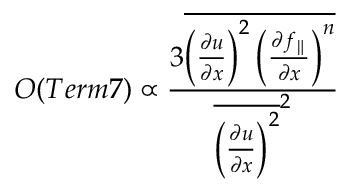
{ \cal O } ( T e r m 7 ) \propto \frac { 3 \overline { { \left( \frac { \partial u } { \partial x } \right) ^ { 2 } \left( \frac { \partial f _ { \parallel } } { \partial x } \right) ^ { n } } } } { { \overline { { \left( \frac { \partial u } { \partial x } \right) ^ { 2 } } } ^ { 2 } } }